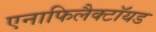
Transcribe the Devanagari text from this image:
एनाफिलैक्टॉयड